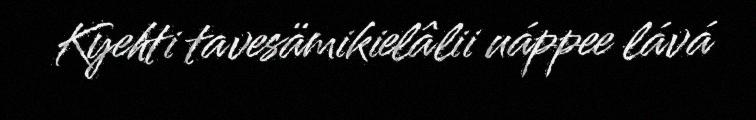
Kyehti tavesämikielâlii uáppee lává